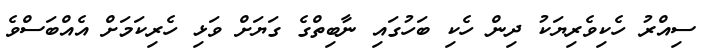
ސިއްރު ހެކިވެރިޔަކު ދިން ހެކި ބަހުގައި ނާބިތްގެ ގަޔަށް ވަޅި ހެރިކަމަށް އެއްބަސްވެ